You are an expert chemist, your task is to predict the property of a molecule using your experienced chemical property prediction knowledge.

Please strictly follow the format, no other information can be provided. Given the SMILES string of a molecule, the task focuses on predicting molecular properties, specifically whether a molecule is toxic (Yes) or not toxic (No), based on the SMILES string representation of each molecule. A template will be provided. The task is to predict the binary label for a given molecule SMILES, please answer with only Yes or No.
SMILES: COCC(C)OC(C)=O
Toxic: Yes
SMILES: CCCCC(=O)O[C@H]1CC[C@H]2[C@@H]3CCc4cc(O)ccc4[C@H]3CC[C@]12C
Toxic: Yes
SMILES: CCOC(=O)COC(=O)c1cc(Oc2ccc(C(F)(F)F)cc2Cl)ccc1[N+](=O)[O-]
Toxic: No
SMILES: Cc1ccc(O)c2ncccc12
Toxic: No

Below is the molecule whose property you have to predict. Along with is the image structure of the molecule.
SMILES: Nc1c(Cl)c(F)nc(OCC(=O)O)c1Cl
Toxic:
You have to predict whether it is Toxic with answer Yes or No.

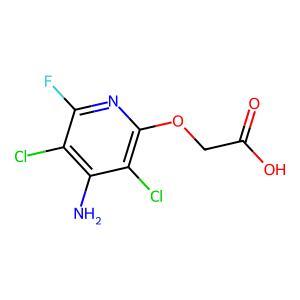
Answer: No